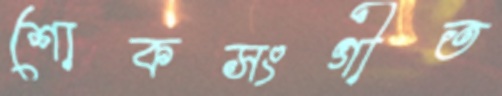
শোকসংগীত